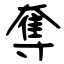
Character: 奪